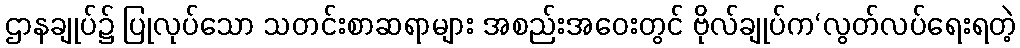
ဌာနချုပ်၌ ပြုလုပ်သော သတင်းစာဆရာများ အစည်းအဝေးတွင် ဗိုလ်ချုပ်က‘လွတ်လပ်ရေးရတဲ့